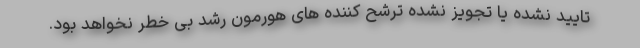
تایید نشده یا تجویز نشده ترشح کننده های هورمون رشد بی خطر نخواهد بود.